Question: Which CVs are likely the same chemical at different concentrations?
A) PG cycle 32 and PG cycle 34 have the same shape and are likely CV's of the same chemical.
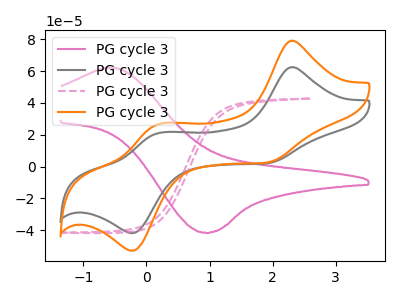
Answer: <think>The pink curve "PG cycle 31" has an anodic peak at (-0.55V, 62.20uA) and a cathodic peak at (0.95V, -41.50uA). The gray curve "PG cycle 32" has anodic peaks at (2.30V, 62.40uA) (0.20V, 20.95uA) and cathodic peaks at (1.90V, 2.00uA) (-0.20V, -41.65uA). The pink dashed curve "PG cycle 33" has no peaks. The orange curve "PG cycle 34" has anodic peaks at (2.30V, 78.95uA) (0.20V, 26.50uA) and cathodic peaks at (1.90V, 2.50uA) (-0.20V, -52.70uA).
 "PG cycle 31" and "PG cycle 32" have a different number of peaks. "PG cycle 31" and "PG cycle 33" have a different number of peaks. "PG cycle 31" and "PG cycle 34" have a different number of peaks. "PG cycle 32" and "PG cycle 33" have a different number of peaks. All the peaks in "PG cycle 32" have a peak in "PG cycle 34" at the same potential. "PG cycle 33" and "PG cycle 34" have a different number of peaks.</think>
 <answer>A) "PG cycle 32" and "PG cycle 34" have the same shape and are likely CV's of the same chemical.</answer>
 <eval>A</eval>